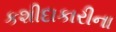
કશીદાકારીના